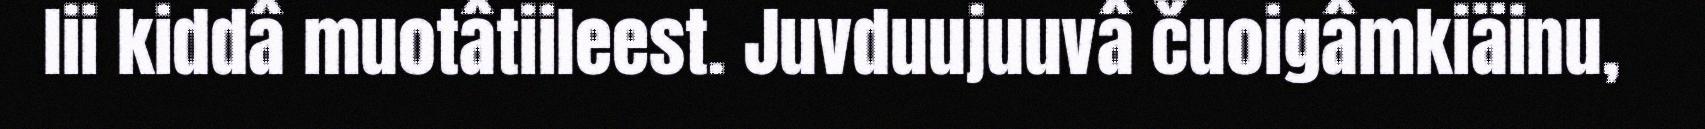
lii kiddâ muotâtiileest. Juvduujuuvâ čuoigâmkiäinu,